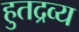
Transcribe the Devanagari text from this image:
हुतद्रव्य